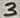
Text: 3